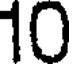
10